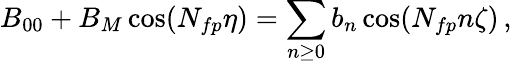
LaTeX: B_{00}+B_{M}\cos(N_{fp}\eta)=\sum_{n\ge 0}{b_{n}}\cos(N_{fp}n\zeta)\, ,